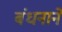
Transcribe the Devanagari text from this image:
बंधनाने